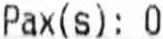
PAX(S): 0